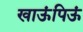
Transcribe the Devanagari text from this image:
खाऊंपिऊं